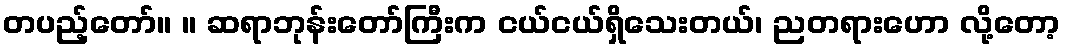
တပည့်တော်။ ။ ဆရာဘုန်းတော်ကြီးက ငယ်ငယ်ရှိသေးတယ်၊ ညတရားဟော လို့တော့